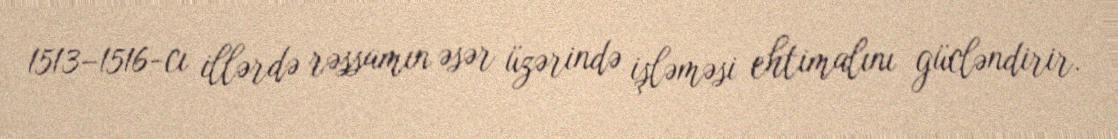
1513–1516-cı illərdə rəssamın əsər üzərində işləməsi ehtimalını gücləndirir.